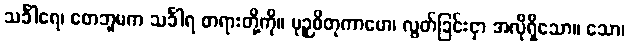
သင်္ခါရေ၊ တေဘူမက သင်္ခါရ တရားတို့ကို။ မုဉှစိတုကာမော၊ လွတ်ခြင်းငှာ အလိုရှိသော။ သော၊